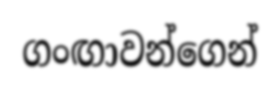
ගංඟාවන්ගෙන්